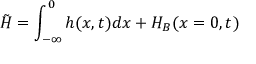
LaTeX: \tilde { H } = \int _ { - \infty } ^ { 0 } h ( x , t ) d x + H _ { B } ( x = 0 , t )